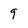
Character: 9